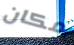
مكان